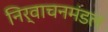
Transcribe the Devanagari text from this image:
निर्वाचनमंडल